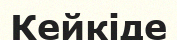
Кейкіде